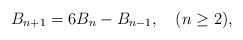
\begin{align*}B_{n+1}=6B_n-B_{n-1}, \quad(n\geq 2),\end{align*}